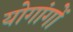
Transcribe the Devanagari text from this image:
योगांगों